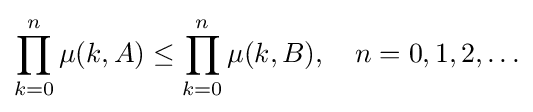
\prod _{k=0}^{n}\mu (k,A)\leq \prod _{k=0}^{n}\mu (k,B),\quad n=0,1,2,\ldots